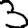
Digit: 3